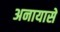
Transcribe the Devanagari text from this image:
अनायासें